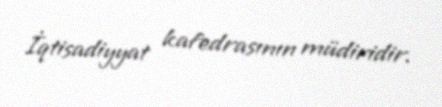
İqtisadiyyat kafedrasının müdiridir.